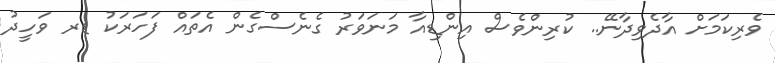
ވެރިކަމަށް އާދެވިދާނޭ.. ކުރިންވެސް އިންޑިއާ މަނަވަރު ގެނެސްގެން އެތައް ފަހަރަކު ޑރ ވަހީދު